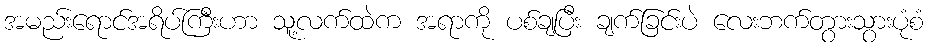
အမည်းရောင်အရိပ်ကြီးဟာ သူ့လက်ထဲက အရာကို ပစ်ချပြီး ချက်ခြင်းပဲ လေးဘက်တွားသွားပုံစံ